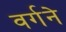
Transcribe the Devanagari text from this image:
वर्गने